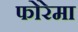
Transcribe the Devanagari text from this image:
फोरेमा